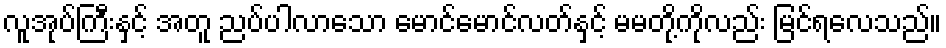
လူအုပ်ကြီးနှင့် အတူ ညပ်ပါလာသော မောင်မောင်လတ်နှင့် မမတို့ကိုလည်း မြင်ရလေသည်။